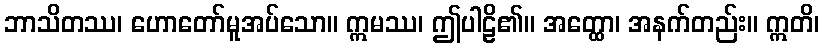
ဘာသိတဿ၊ ဟောတော်မူအပ်သော။ ဣမဿ၊ ဤပါဠိ၏။ အတ္ထော၊ အနက်တည်း။ ဣတိ၊